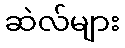
ဆဲလ်များ